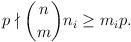
LaTeX: \begin{align*}p\nmid \binom{n}{m} n_i \ge m_i p .\end{align*}